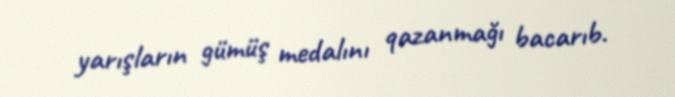
yarışların gümüş medalını qazanmağı bacarıb.